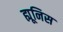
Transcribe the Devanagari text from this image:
ह्यूनिस